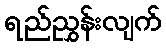
ရည်ညွှန်းလျက်